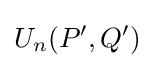
U_{n}(P',Q')